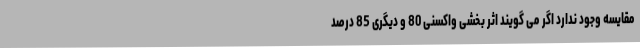
مقایسه وجود ندارد اگر می گویند اثر بخشی واکسنی 80 و دیگری 85 درصد